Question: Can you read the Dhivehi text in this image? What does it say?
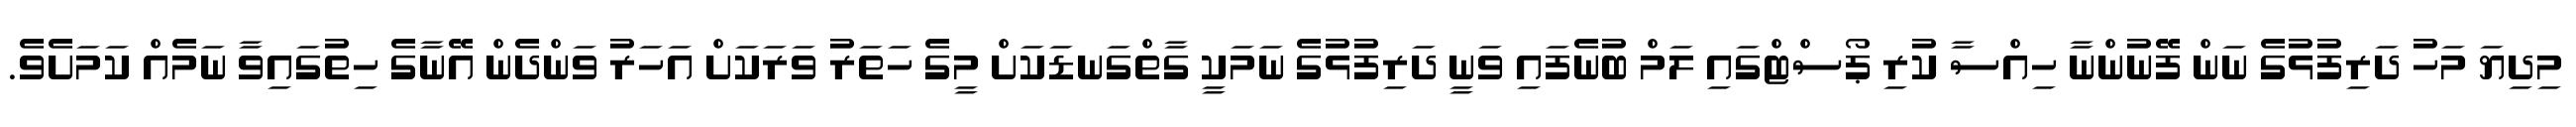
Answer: މިދިޔަ މަހު ދަރިފުޅުގެ ނަން ފޭނުންނާ ހިއްސާ ކުރި ޕޯސްޓްގައި ލަމް ބުނެފައި ވަނީ ދަރިފުޅުގެ ނަމަކީ ގާތްގަނޑަކަށް މީގެ ހަތަރު ވަރަކަށް އަހަރު ވަންދެން އޭނާގެ ހިތުގައިވާ ނަމެއް ކަމަށެވެ.